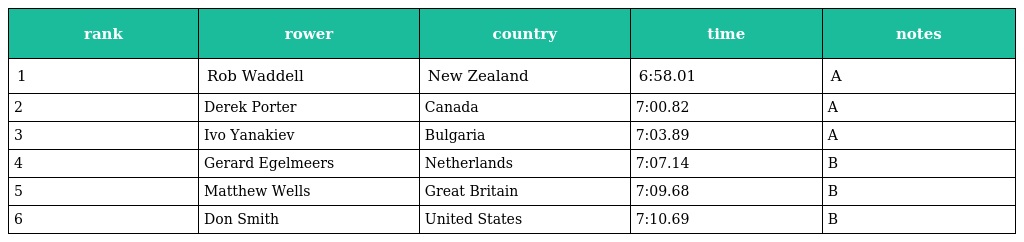
| rank | rower | country | time | notes |
 | --- | --- | --- | --- | --- |
 | 1 | Rob Waddell | New Zealand | 6:58.01 | A |
 | 2 | Derek Porter | Canada | 7:00.82 | A |
 | 3 | Ivo Yanakiev | Bulgaria | 7:03.89 | A |
 | 4 | Gerard Egelmeers | Netherlands | 7:07.14 | B |
 | 5 | Matthew Wells | Great Britain | 7:09.68 | B |
 | 6 | Don Smith | United States | 7:10.69 | B |